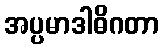
အပ္ပမာဒါဓိဂတာ